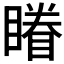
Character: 𰦀